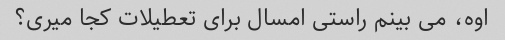
اوه، می بینم راستی امسال برای تعطیلات کجا میری؟